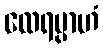
ထေရမ္ပာဟံ